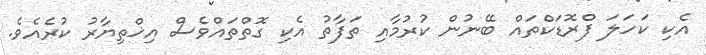
އެކި ކަހަލަ ފްރޮޑަކްތައް ބޭނުން ކުރުމާއި ތަފާތު އެކި ގޮތްތައްވެސް އިޚްތިޔާރު ކުރެއެވެ.